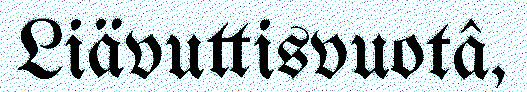
Liävuttisvuotâ,